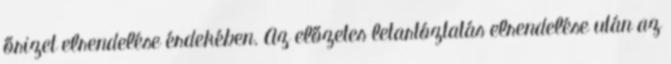
őrizet elrendelése érdekében. Az előzetes letartóztatás elrendelése után az